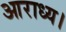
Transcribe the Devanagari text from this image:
आराध्य।